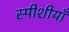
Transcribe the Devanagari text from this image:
स्पीशीयाँ